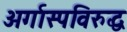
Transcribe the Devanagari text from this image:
अर्गास्पविरुद्ध